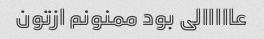
عااااالی بود ممنونم ازتون